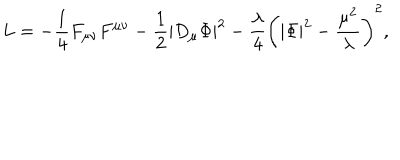
L = - { \frac { 1 } { 4 } } F _ { \mu \nu } F ^ { \mu \nu } - { \frac { 1 } { 2 } } \left| D _ { \mu } \Phi \right| ^ { 2 } - { \frac { \lambda } { 4 } } \left( | \Phi | ^ { 2 } - { \frac { \mu ^ { 2 } } { \lambda } } \right) ^ { 2 } ,